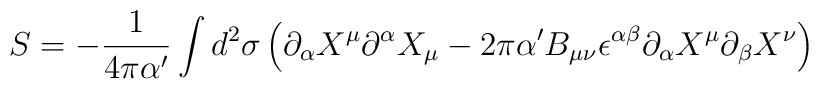
S=-\frac{1}{4\pi\alpha'}\int d^2 {\sigma}\left(\partial_{\alpha} X^\mu \partial^{\alpha} X_\mu -2\pi\alpha' B_{\mu\nu}\epsilon^{\alpha\beta}\partial_{\alpha} X^\mu \partial_{\beta} X^\nu\right)